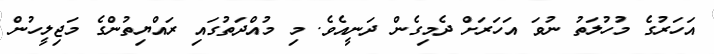
އަހަރުގެ މުހުލަތު ނުވަ އަހަރަށް ދެމިގެން ދަނީއެވެ. މި މުއްދަތުގައި ރައްޔިތުންގެ މަޖިލީހުން